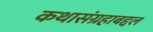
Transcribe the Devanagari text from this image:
कथासंग्रहाबद्दल